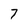
Character: 7